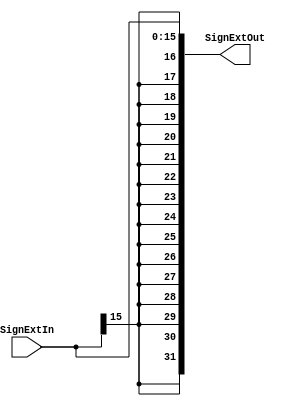
`timescale 1ns / 1ps
//////////////////////////////////////////////////////////////////////////////////
// Company: 
// Engineer: 
// 
// Design Name: 
// Module Name: SignExtension
// Project Name: 
// Target Devices: 
// Tool Versions: 
// Description: 
// 
// Dependencies: 
// 
// Revision:
// Revision 0.01 - File Created
// Additional Comments:
// 
//////////////////////////////////////////////////////////////////////////////////


module SignExtension(
    input [15:0] SignExtIn,
    output [31:0] SignExtOut
    );
    assign SignExtOut = {{16{SignExtIn[15]}}, SignExtIn};
endmodule